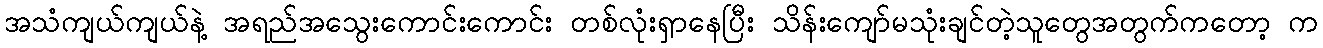
အသံကျယ်ကျယ်နဲ့ အရည်အသွေးကောင်းကောင်း တစ်လုံးရှာနေပြီး သိန်းကျော်မသုံးချင်တဲ့သူတွေအတွက်ကတော့ က